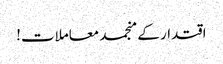
اقتدار کے منجمد معاملات!